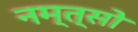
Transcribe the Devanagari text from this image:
नम्त्सो